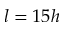
l = 1 5 h